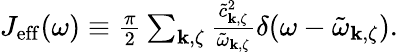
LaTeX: \begin{array}{r}{J_{\mathrm{eff}}(\omega)\equiv\frac{\pi}{2}\sum_{\mathbf{k},\zeta}\frac{\tilde{c}_{\mathbf{k},\zeta}^{2}}{\tilde{\omega}_{\mathbf{k},\zeta}}\delta(\omega-\tilde{\omega}_{\mathbf{k},\zeta}).}\end{array}